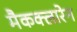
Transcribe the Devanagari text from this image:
मैकक्लारेन